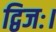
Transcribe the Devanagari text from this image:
द्विजः।